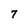
Character: 7